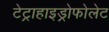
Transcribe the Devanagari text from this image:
टेट्राहाइड्रोफोलेट